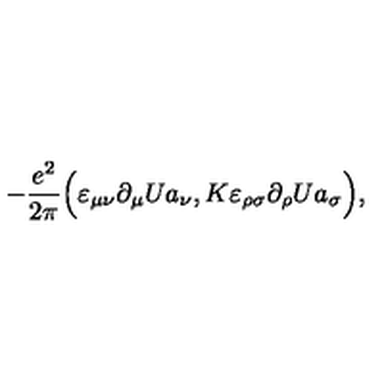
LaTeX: - \frac { e ^ { 2 } } { 2 \pi } \Big ( \varepsilon _ { \mu \nu } \partial _ { \mu } U a _ { \nu } , K \varepsilon _ { \rho \sigma } \partial _ { \rho } U a _ { \sigma } \Big ) ,